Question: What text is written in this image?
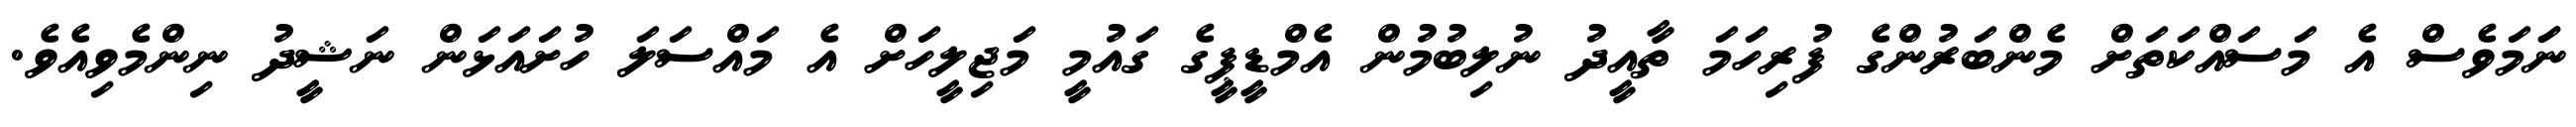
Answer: ނަަމަވެސް އެ މަސައްކަތަށް މެންބަރުންގެ ފުރިހަމަ ތާއީދު ނުލިބުމުން އެމްޑީޕީގެ ގައުމީ މަޖިލީހަށް އެ މައްސަލަ ހުށައަޅަން ނަޝީދު ނިންމެވިއެވެ.